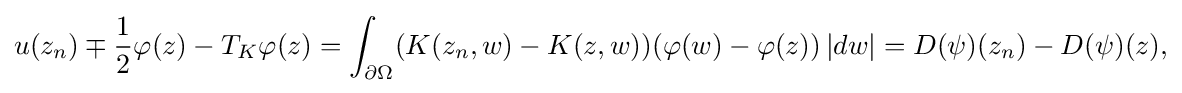
\displaystyle {u(z_{n})\mp {1 \over 2}\varphi (z)-T_{K}\varphi (z)=\int _{\partial \Omega }(K(z_{n},w)-K(z,w))(\varphi (w)-\varphi (z))\,|dw|=D(\psi )(z_{n})-D(\psi )(z),}